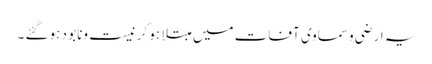
یہ ارضی وسماوی آفات میں مبتلا ہو کر نیست ونابو د ہوگئے ۔